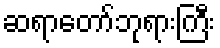
ဆရာတော်ဘုရားကြီး